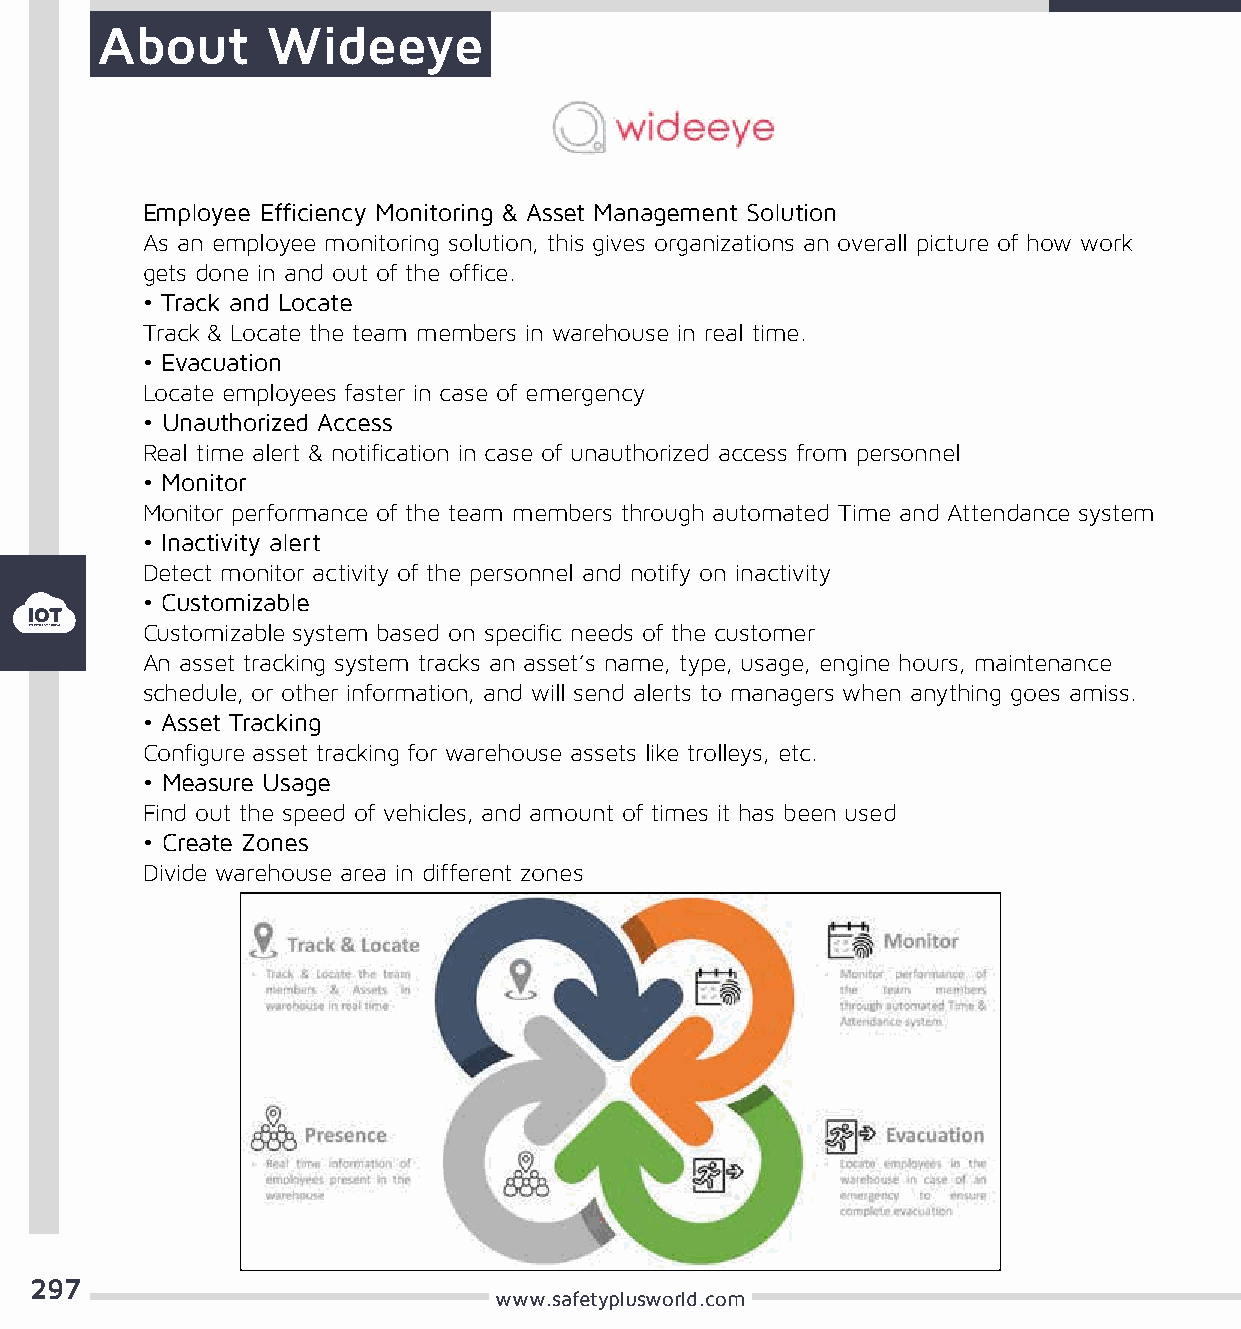
About       Wideeye
 Employee Efficiency Monitoring & Asset Management Solution
 As an employee monitoring solution, this gives organizations an overall picture of how work
 gets done in and out of the office.
 • Track and Locate
 Track & Locate the team members in warehouse in real time.
 • Evacuation
 Locate employees faster in case of emergency
 • Unauthorized Access
 Real time alert & notification in case of unauthorized access from personnel
 • Monitor
 Monitor performance of the team members through automated Time and Attendance system
 • Inactivity alert
 Detect monitor activity of the personnel and notify on inactivity
 • Customizable
 Customizable system based on specific needs of the customer
 An asset tracking system tracks an asset’s name, type, usage, engine hours, maintenance
 schedule, or other information, and will send alerts to managers when anything goes amiss.
 • Asset Tracking
 Configure asset tracking for warehouse assets like trolleys, etc.
 • Measure Usage
 Find out the speed of vehicles, and amount of times it has been used
 • Create Zones
 Divide warehouse area in different zones
 297
 www.safetyplusworld.com